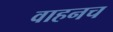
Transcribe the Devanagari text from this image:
वाहनच